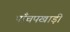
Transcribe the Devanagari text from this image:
पाँचपखाड़ी